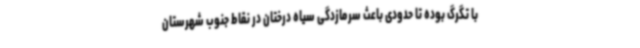
با تگرگ بوده تا حدودی باعث سرمازدگی سیاه درختان در نقاط جنوب شهرستان